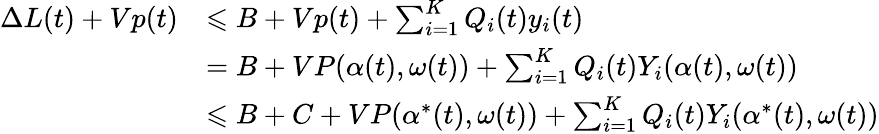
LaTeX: {\begin{array}{rl}{\Delta L(t)+Vp(t)}&{\leqslant B+Vp(t)+\sum_{i=1}^{K}Q_{i}(t)y_{i}(t)}\\ &{=B+VP(\alpha(t),\omega(t))+\sum_{i=1}^{K}Q_{i}(t)Y_{i}(\alpha(t),\omega(t))}\\ &{\leqslant B+C+VP(\alpha^{*}(t),\omega(t))+\sum_{i=1}^{K}Q_{i}(t)Y_{i}(\alpha^{*}(t),\omega(t))}\end{array}}